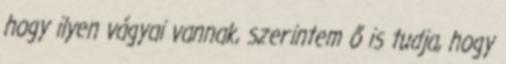
hogy ilyen vágyai vannak, szerintem ő is tudja, hogy